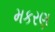
મકરણ